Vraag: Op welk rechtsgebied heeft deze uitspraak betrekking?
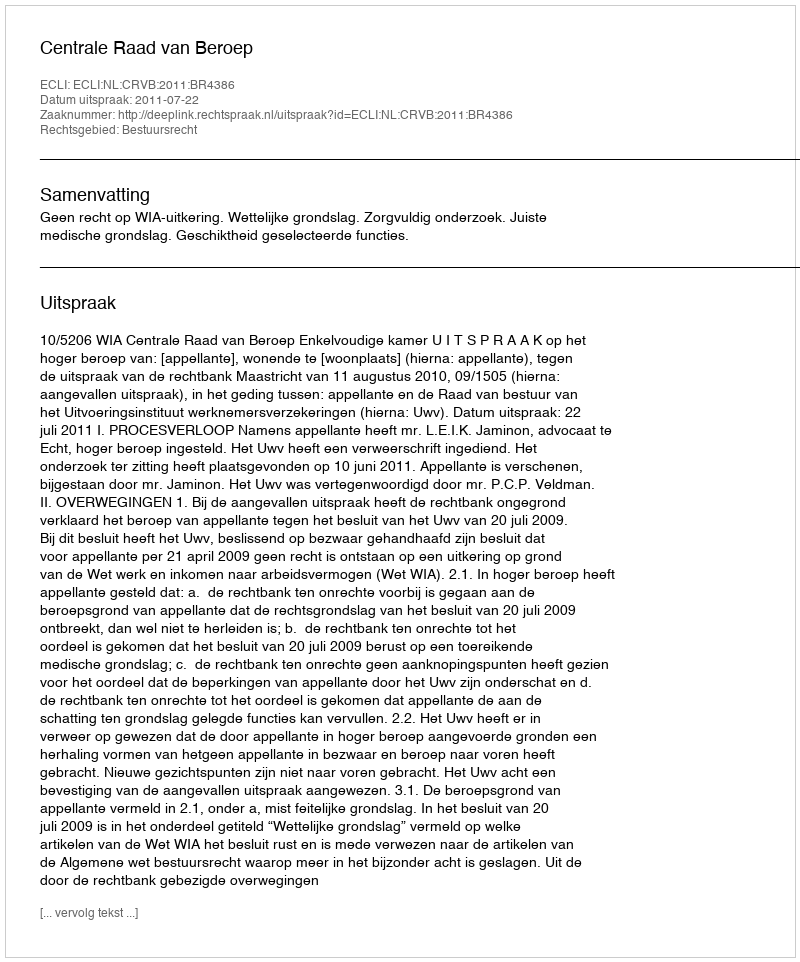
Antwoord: Bestuursrecht